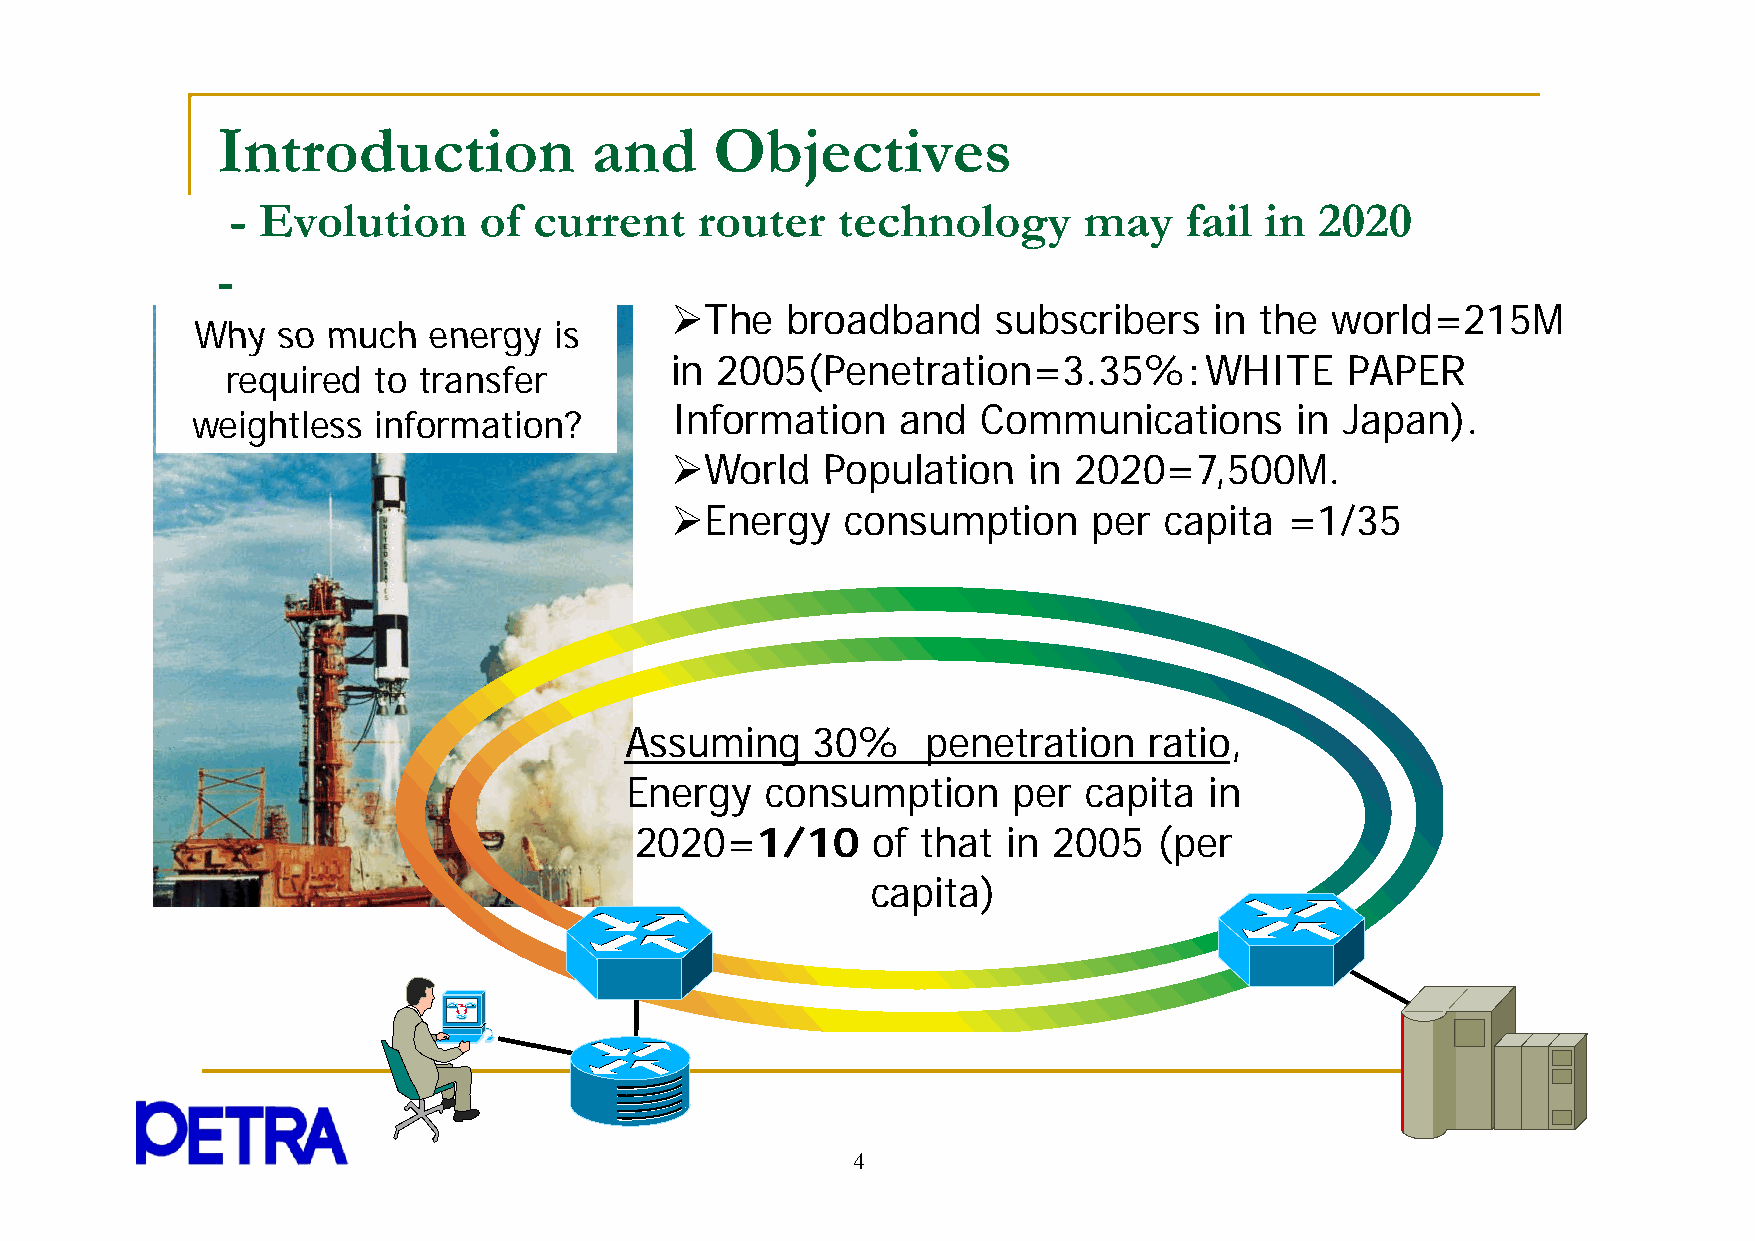
Introduction             and     Objectives
 - Evolution      of current    router   technology       may   fail  in 2020
 -
 The    broadband     subscribers   in the  world=215M
 WWhhyy ssoo mmuucchh eenneerrggyy iiss
 in 2005(Penetration=3.35%：WHITE              PAPER
 required  to transfer
 Information     and  Communications       in Japan).
 weightless  information?
 WWoorrlldd PPooppuullaattiioonn iinn 22002200=77,,550000MM..
 Energy     consumption     per  capita  =1/35
 Assumingg    30%    ppenetration   ratio,,
 Energy    consumption     per  capita  in
 2020=1/10       of that  in 2005   (per
 ccaappiittaa))
 4